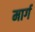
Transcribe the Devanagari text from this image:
मार्ग